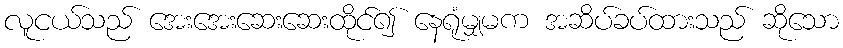
လူငယ်သည် အေးအေးဆေးဆေးထိုင်၍ နေရုံမျှမက အဆိပ်ခပ်ထားသည် ဆိုသော